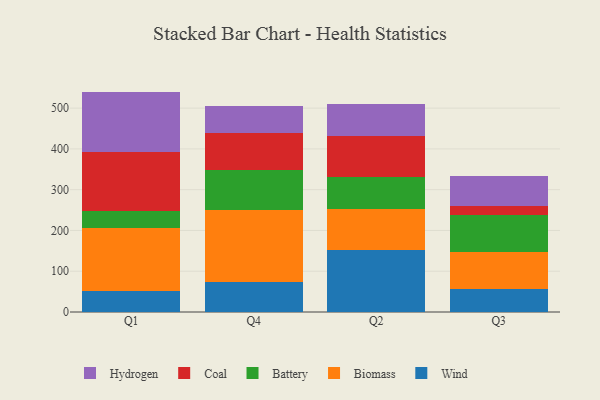
{"axis": {"x": "Quarter", "y": "Production Output"}, "legend": ["Battery", "Biomass", "Coal", "Hydrogen", "Wind"], "data": [{"x": "Q1", "y": 50.8, "type": "Wind"}, {"x": "Q1", "y": 154.1, "type": "Biomass"}, {"x": "Q1", "y": 43.1, "type": "Battery"}, {"x": "Q1", "y": 145.5, "type": "Coal"}, {"x": "Q1", "y": 147.0, "type": "Hydrogen"}, {"x": "Q4", "y": 74.0, "type": "Wind"}, {"x": "Q4", "y": 177.3, "type": "Biomass"}, {"x": "Q4", "y": 96.7, "type": "Battery"}, {"x": "Q4", "y": 90.5, "type": "Coal"}, {"x": "Q4", "y": 66.7, "type": "Hydrogen"}, {"x": "Q2", "y": 152.2, "type": "Wind"}, {"x": "Q2", "y": 100.3, "type": "Biomass"}, {"x": "Q2", "y": 77.5, "type": "Battery"}, {"x": "Q2", "y": 101.9, "type": "Coal"}, {"x": "Q2", "y": 77.3, "type": "Hydrogen"}, {"x": "Q3", "y": 56.9, "type": "Wind"}, {"x": "Q3", "y": 90.1, "type": "Biomass"}, {"x": "Q3", "y": 90.0, "type": "Battery"}, {"x": "Q3", "y": 22.6, "type": "Coal"}, {"x": "Q3", "y": 73.8, "type": "Hydrogen"}]}